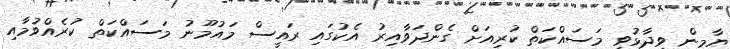
ޔާމީން ވިދާޅުވީ މަސައްކަތް ކުރިއަށް ގެންދަވާއިރު އެކުގައި ރައީސް މައުމޫނު މަސައްކަތް ކުރެއްވުމާއި